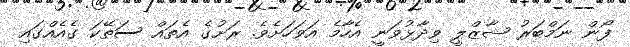
ފޯން ނަމްބަރު ޝާޒްލީ ވިދާޅުވަނީ އެހާމެ އަވަހަށެވެ. ރަށުގެ އެތައް ސަތޭކަ ގެއެއްގައި